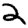
Digit: 2